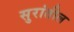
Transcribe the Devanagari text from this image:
सुरांतील